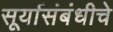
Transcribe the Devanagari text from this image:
सूर्यासंबंधीचे